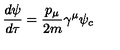
\frac { d \psi } { d \tau } = \frac { p _ { \mu } } { 2 m } \gamma ^ { \mu } \psi _ { c }